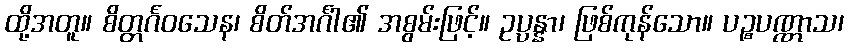
ထို့အတူ။ စိတ္တင်္ဂဝသေန၊ စိတ်အင်္ဂါ၏ အစွမ်းဖြင့်။ ဥပ္ပန္နာ၊ ဖြစ်ကုန်သော။ ပဉ္စပဏ္ဏာသ၊